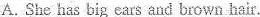
A.She has big ears and brown hair.